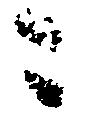
々